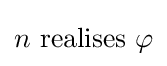
n{\text{ realises }}\varphi